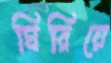
ঘিরিয়ে